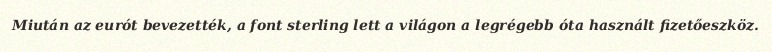
Miután az eurót bevezették, a font sterling lett a világon a legrégebb óta használt fizetőeszköz.